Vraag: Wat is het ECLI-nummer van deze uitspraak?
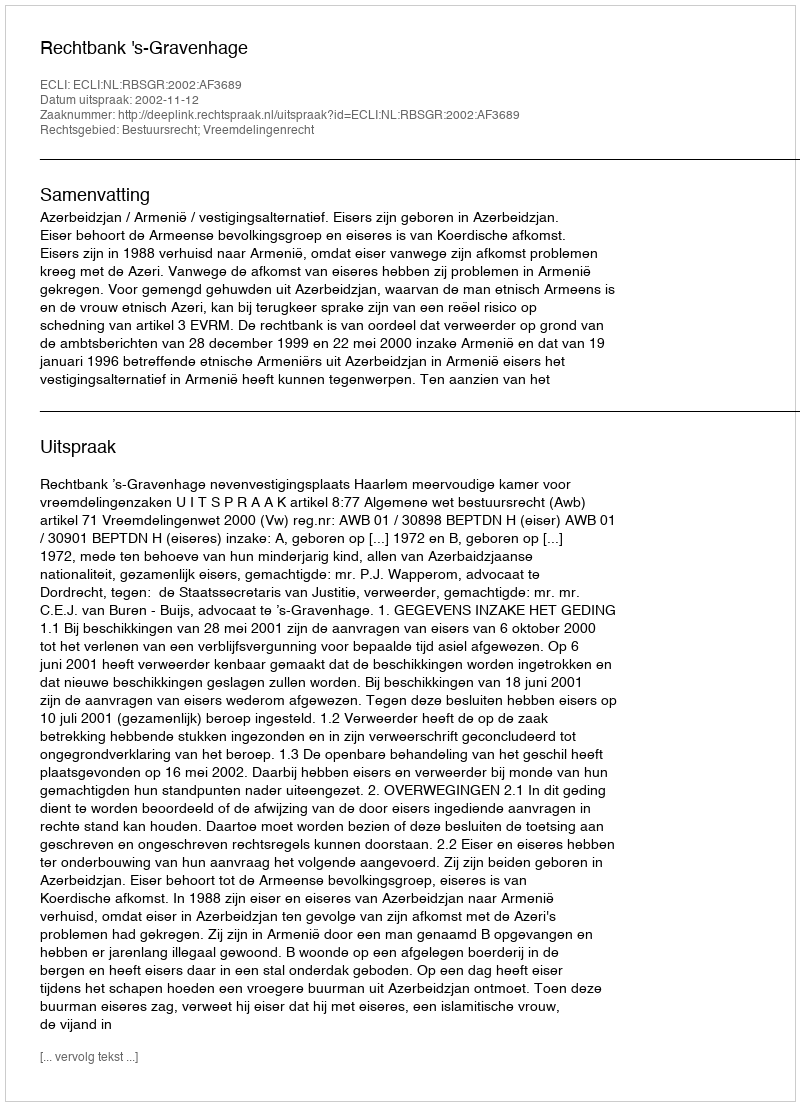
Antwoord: ECLI:NL:RBSGR:2002:AF3689